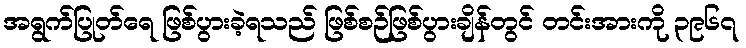
အရွက်ပြုတ်ရေ ဖြစ်ပွားခဲ့ရသည် ဖြစ်စဉ်ဖြစ်ပွားချိန်တွင် တင်းအားကို ၃၉၆၇